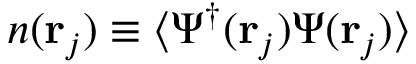
n ( \mathbf { r } _ { j } ) \equiv \langle \Psi ^ { \dagger } ( \mathbf { r } _ { j } ) \Psi ( \mathbf { r } _ { j } ) \rangle